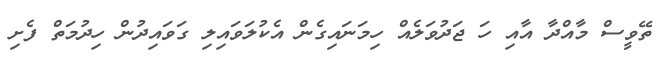
ތޭވީސް މާއްދާ އާއި ހަ ޖަދުވަލެއް ހިމަނައިގެން އެކުލަވައިލި ގަވައިދުން ހިދުމަތް ފެށި